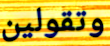
وتقولين